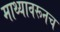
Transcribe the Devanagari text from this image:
माथ्यावरूनच